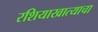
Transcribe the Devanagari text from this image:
रशियाखात्याचा